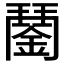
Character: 𨪖